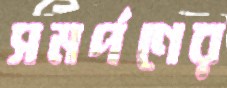
সমর্পণের